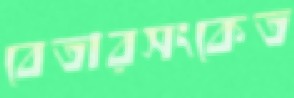
বেতারসংকেত